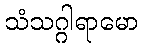
သံသဂ္ဂါရာမော